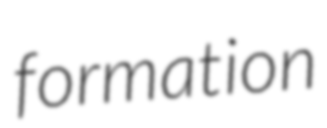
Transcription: formation